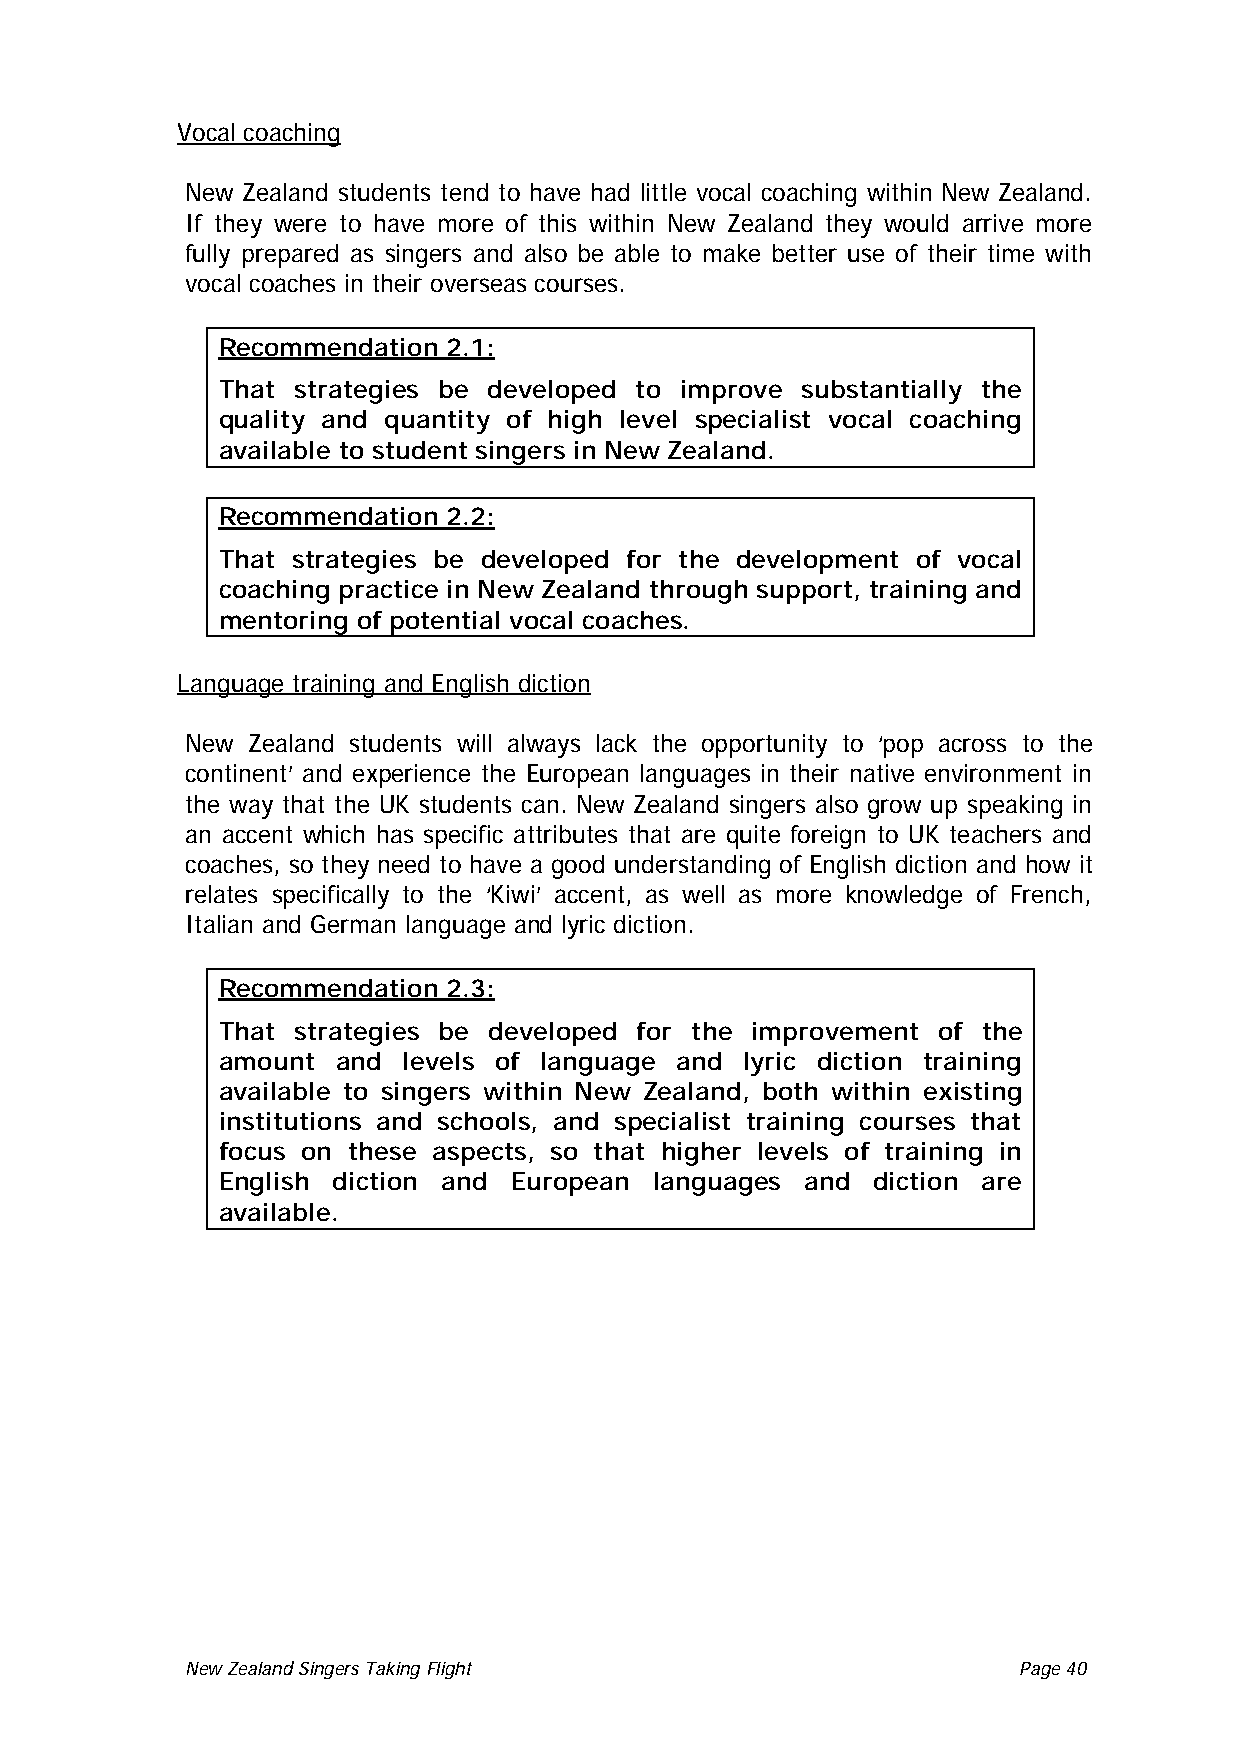
Vocal coaching
 New Zealand students tend to have had little vocal coaching within New Zealand.
 If they were to have more of this within New Zealand they would arrive more
 fully prepared as singers and also be able to make better use of their time with
 vocal coaches in their overseas courses.
 Recommendation  2.1:
 That strategies be developed to improve substantially the
 quality and quantity of high level specialist vocal coaching
 available to student singers in New Zealand.
 Recommendation  2.2:
 That strategies be developed for the development of vocal
 coaching practice in New Zealand through support, training and
 mentoring of potential vocal coaches.
 Language training and English diction
 New Zealand students will always lack the opportunity to ‘pop across to the
 continent’ and experience the European languages in their native environment in
 the way that the UK students can. New Zealand singers also grow up speaking in
 an accent which has specific attributes that are quite foreign to UK teachers and
 coaches, so they need to have a good understanding of English diction and how it
 relates specifically to the ‘Kiwi’ accent, as well as more knowledge of French,
 Italian and German language and lyric diction.
 Recommendation  2.3:
 That strategies be developed for the improvement of the
 amount and levels of language and lyric diction training
 available to singers within New Zealand, both within existing
 institutions and schools, and specialist training courses that
 focus on these aspects, so that higher levels of training in
 English diction and European languages and diction are
 available.
 New Zealand Singers Taking Flight Page 40